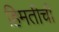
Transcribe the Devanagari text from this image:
हिमतीची